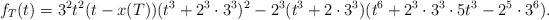
\begin{align*}f_{T}(t)=3^2t^2(t-x(T))(t^3+2^3\cdot3^3)^2-2^3(t^3+2\cdot3^3)(t^6+2^3\cdot3^3\cdot5t^3-2^5\cdot3^6).\end{align*}